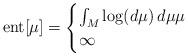
LaTeX: \begin{align*}{\rm ent}[\mu ]= \begin{cases} \int_{M} \log ({d\mu}) \, d{\mu} \mu \\ \infty \end{cases}\end{align*}